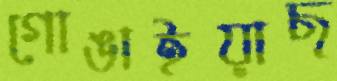
গোঙাইয়াছ